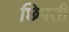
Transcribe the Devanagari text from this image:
छिपती